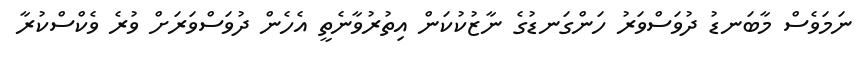
ނަމަވެސް މާބަނޑު ދުވަސްވަރު ހަންގަނޑުގެ ނާޒުކުކަން އިތުރުވާނެތީ އެހެން ދުވަސްވަރަށް ވުރެ ވެކްސްކުރާ